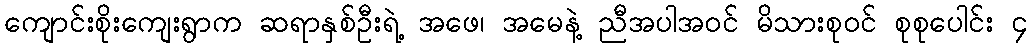
ကျောင်းစိုးကျေးရွာက ဆရာနှစ်ဦးရဲ့ အဖေ၊ အမေနဲ့ ညီအပါအဝင် မိသားစုဝင် စုစုပေါင်း ၄